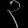
Digit: ၃